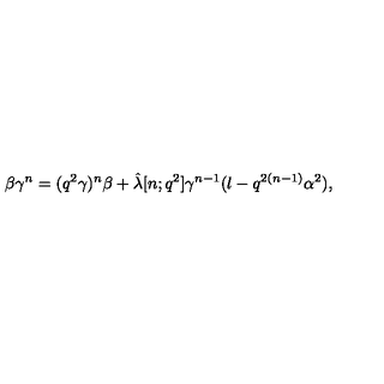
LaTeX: \beta \gamma ^ { n } = ( q ^ { 2 } \gamma ) ^ { n } \beta + \hat { \lambda } [ n ; q ^ { 2 } ] \gamma ^ { n - 1 } ( l - q ^ { 2 ( n - 1 ) } \alpha ^ { 2 } ) ,